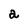
Character: a